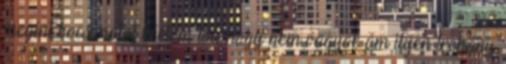
megint bocsánatot kértem tőle,hogy nem vagyok ám ilyen trehány